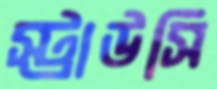
স্ট্রাউসি